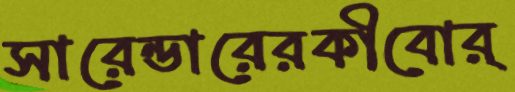
সারেন্ডারেরকীবোর্